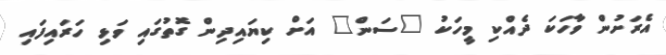
އެރަށުން ވާހަކަ ދެއްކި މީހަކު "ސަން" އަށް ކިޔައިދިން ގޮތުގައި ވަޅި ހަރައިފައި